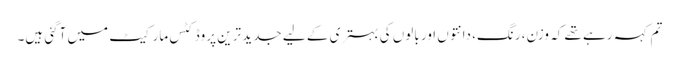
تم کہہ رہے تھے کہ وزن، رنگ، دانتوں اور بالوں کی بہتری کے لیے جدید ترین پروڈکٹس مارکیٹ میں آگئی ہیں۔